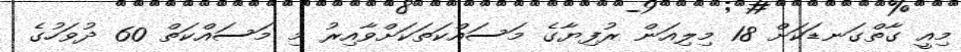
މިއީ ގާތްގަނޑަކަށް 18 މިލިއަން ރުފިޔާގެ މަސައްކަތަކަށްވާއިރު މި މަސައްކަތް 60 ދުވަހުގެ